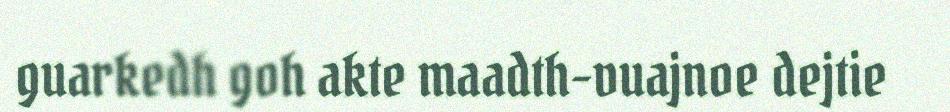
guarkedh goh akte maadth-vuajnoe dejtie